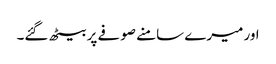
اور میرے سامنے صوفے پر بیٹھ گئے۔